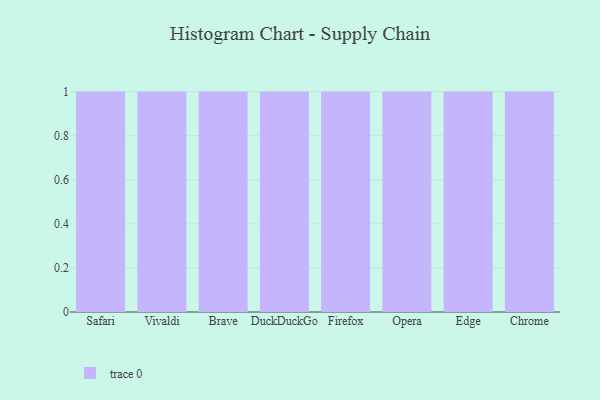
{"axis": {"x": "Browser", "y": "LTV (USD)"}, "legend": [""], "data": [{"x": "Safari", "y": 62, "type": ""}, {"x": "Vivaldi", "y": 48, "type": ""}, {"x": "Brave", "y": 17, "type": ""}, {"x": "DuckDuckGo", "y": 76, "type": ""}, {"x": "Firefox", "y": 61, "type": ""}, {"x": "Opera", "y": 37, "type": ""}, {"x": "Edge", "y": 58, "type": ""}, {"x": "Chrome", "y": 70, "type": ""}]}